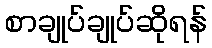
စာချုပ်ချုပ်ဆိုရန်